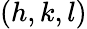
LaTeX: (h,k,l)